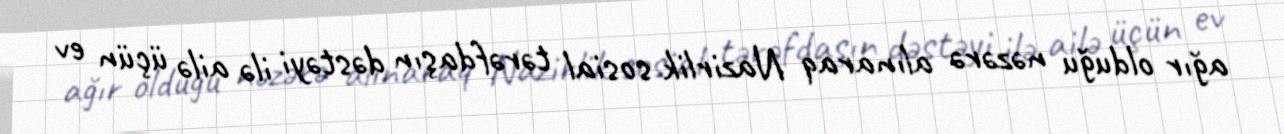
ağır olduğu nəzərə alınaraq Nazirlik sosial tərəfdaşın dəstəyi ilə ailə üçün ev